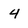
Character: 4